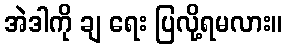
အဲဒါကို ချ ရေး ပြလို့ရမလား။